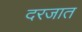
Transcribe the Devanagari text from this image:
दरजात